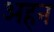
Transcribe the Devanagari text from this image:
अहन